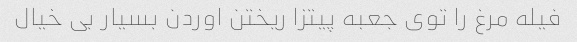
فیله مرغ را توی جعبه پیتزا ریختن اوردن بسیار بی خیال